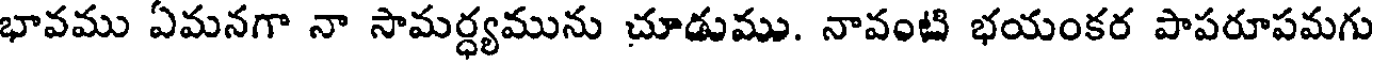
భావము ఏమనగా నా సామర్ధ్యమును చూడుము. నావంటి భయంకర పాపరూపమగు